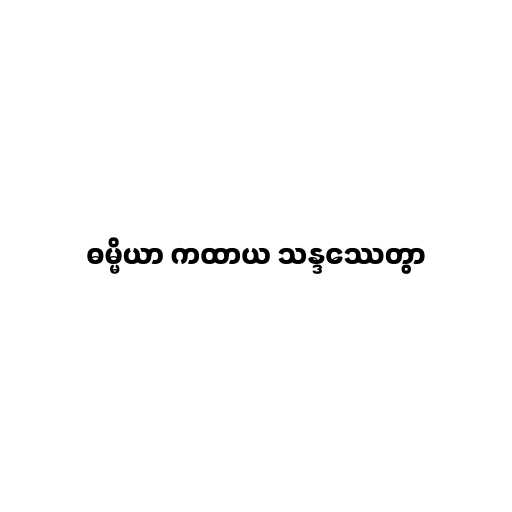
ဓမ္မိယာ ကထာယ သန္ဒဿေတွာ